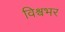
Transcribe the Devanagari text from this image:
विश्र्वभर